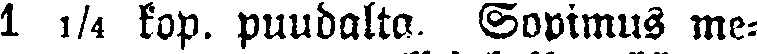
1 1/4 kop. puudolta. Sopimus me-